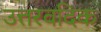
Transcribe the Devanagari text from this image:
उत्तरवदिक